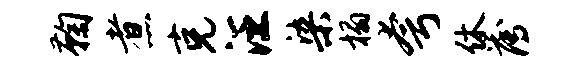
鞠煮克汪染榻夸休薄